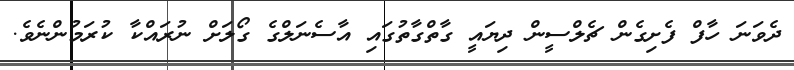
ދެވަނަ ހާފް ފެށިގެން ޗެލްސީން ދިޔައީ ގާތްގާތުގައި އާސެނަލްގެ ގޯލަށް ނުރައްކާ ކުރަމުންނެވެ.